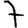
Digit: 7